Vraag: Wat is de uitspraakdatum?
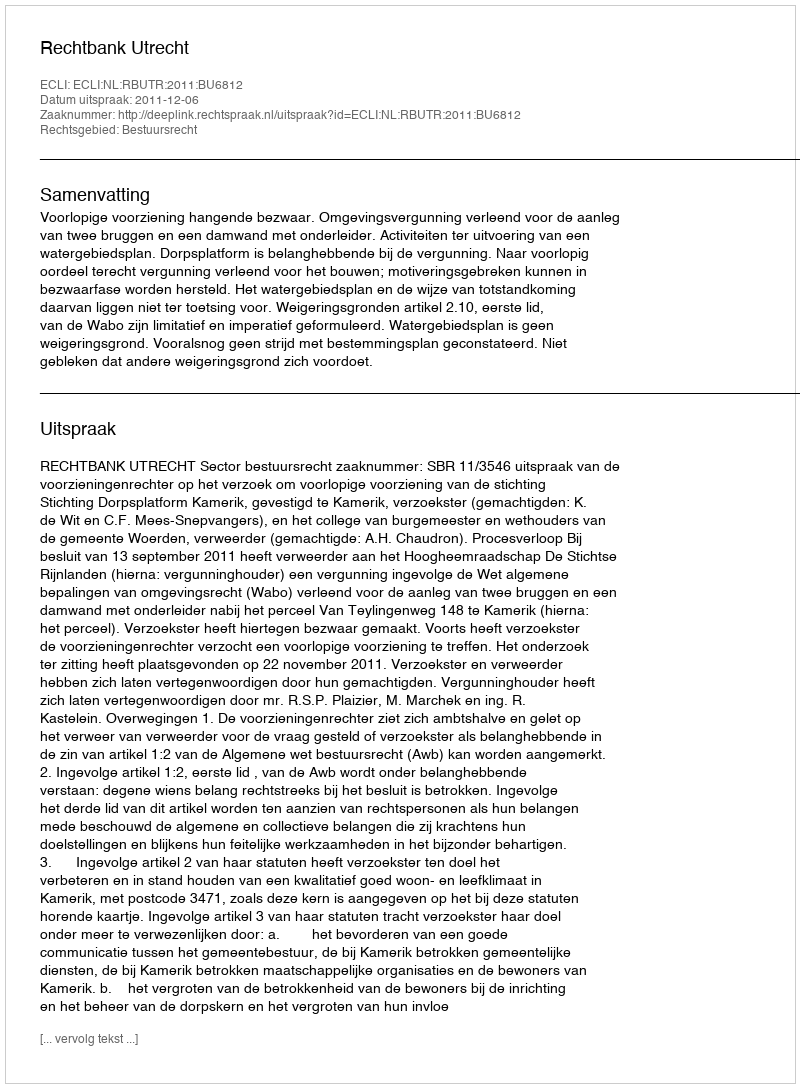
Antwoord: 2011-12-06